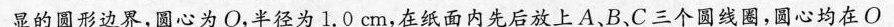
显的圆形边界，圆心为O，半径为1.0cm，在纸面内先后放上A、B、C三个圆线圈，圆心均在O